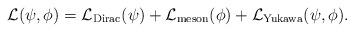
LaTeX: \begin{align*} \mathcal L(\psi,\phi) = \mathcal L_{\mathrm{Dirac}}(\psi) + \mathcal L_{\mathrm{meson}}(\phi) + \mathcal L_{\mathrm{Yukawa}}(\psi,\phi) .\end{align*}